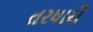
તરધારી